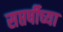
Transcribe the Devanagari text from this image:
सप्तर्षीच्या